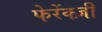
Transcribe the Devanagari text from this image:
फेरेंक्ज़ी